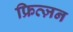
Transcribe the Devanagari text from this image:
फ्रित्ज़न